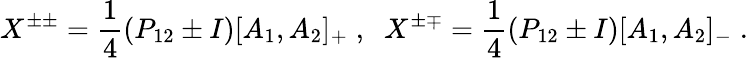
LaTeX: X^{\pm\pm}=\frac{1}{4}(P_{12}\pm I)[A_{1},A_{2}]_{+}\; ,\; \; X^{\pm\mp}=\frac{1}{4}(P_{12}\pm I)[A_{1},A_{2}]_{-}\; .